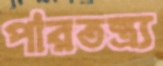
পারতন্ত্র্য